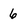
Character: 6